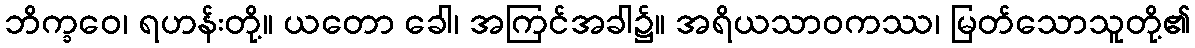
ဘိက္ခဝေ၊ ရဟန်းတို့။ ယတော ခေါ၊ အကြင်အခါ၌။ အရိယသာဝကဿ၊ မြတ်သောသူတို့၏